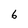
Character: 6